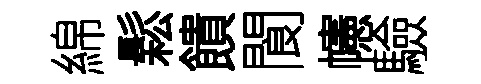
綿鬆饋閬幰驗